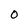
Character: O